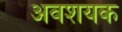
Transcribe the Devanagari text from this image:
अवशयक